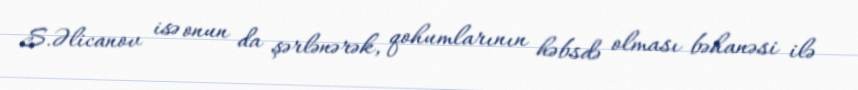
S.Əlicanov isə onun da şərlənərək, qohumlarının həbsdə olması bəhanəsi ilə